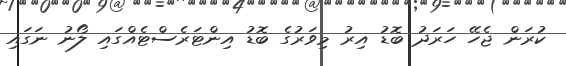
ކުރަން ޖެހޭ ހަރަދު ބޮޑު އިރު މިވަރުގެ ބޮޑު އިންޓަރެސްޓެއްގައި ލޯނު ނަގައި